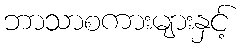
ဘာသာစကားများနှင့်